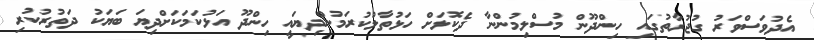
އެދުވަސްވަރު ގުޖުރާތުގައި ހިންދޫން މުސްލިމުންނާ ދެކޮޅަށް ހަޅުތާލުކުރަމުންދިޔައީ ހިންދޫ އަޅުކަމަކަށްދިޔަ ބަޔަކު ދަތުރުކުރި